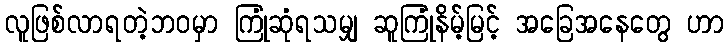
လူဖြစ်လာရတဲ့ဘဝမှာ ကြုံဆုံရသမျှ ဆူကြုံနိမ့်မြင့် အခြေအနေတွေ ဟာ